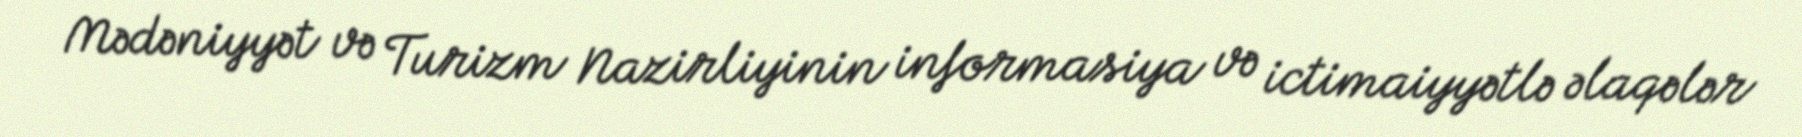
Mədəniyyət və Turizm Nazirliyinin informasiya və ictimaiyyətlə əlaqələr